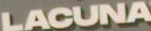
LACUNA